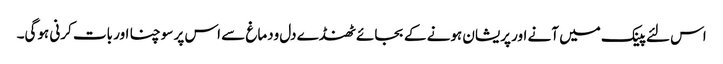
اس لئے پینک میں آنے اور پریشان ہونے کے بجائے ٹھنڈے دل ودماغ سے اس پر سوچنا اور بات کرنی ہوگی۔